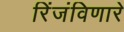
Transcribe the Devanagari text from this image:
रिंजंविणारे